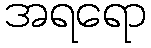
အရရော